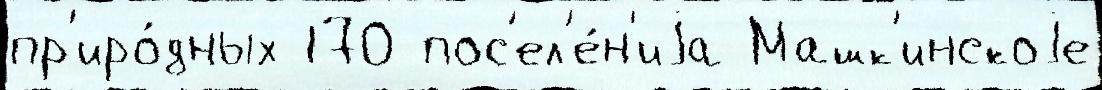
пр'иро́дных 170 пос'ел'е́н'иjа Машк'инскоjе